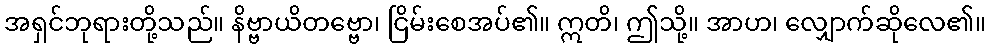
အရှင်ဘုရားတို့သည်။ နိဗ္ဗာယိတဗ္ဗော၊ ငြိမ်းစေအပ်၏။ ဣတိ၊ ဤသို့။ အာဟ၊ လျှောက်ဆိုလေ၏။